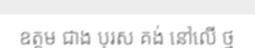
ឧត្តម ជាង បុរស គង់ នៅលើ ថ្ម